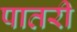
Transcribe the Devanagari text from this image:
पातरी